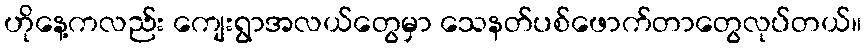
ဟိုနေ့ကလည်း ကျေးရွာအလယ်တွေမှာ သေနတ်ပစ်ဖောက်တာတွေလုပ်တယ်။